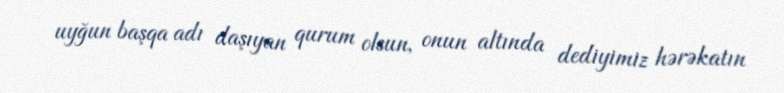
uyğun başqa adı daşıyan qurum olsun, onun altında dediyimiz hərəkatın